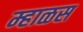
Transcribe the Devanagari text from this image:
म्हाळस